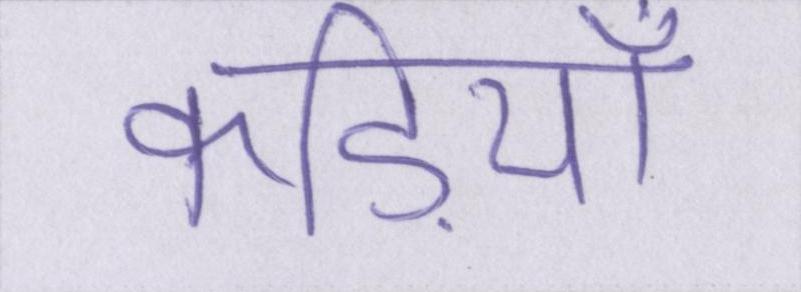
कड़ियाँ